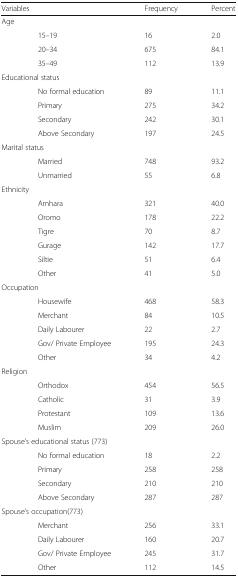
<table><thead><tr><td colspan="2"><b>Variables</b></td><td><b>Frequency</b></td><td><b>Percent</b></td></tr></thead><tbody><tr><td colspan="4">Age</td></tr><tr><td></td><td>15–19</td><td>16</td><td>2.0</td></tr><tr><td></td><td>20–34</td><td>675</td><td>84.1</td></tr><tr><td></td><td>35–49</td><td>112</td><td>13.9</td></tr><tr><td colspan="4">Educational status</td></tr><tr><td></td><td>No formal education</td><td>89</td><td>11.1</td></tr><tr><td></td><td>Primary</td><td>275</td><td>34.2</td></tr><tr><td></td><td>Secondary</td><td>242</td><td>30.1</td></tr><tr><td></td><td>Above Secondary</td><td>197</td><td>24.5</td></tr><tr><td colspan="4">Marital status</td></tr><tr><td></td><td>Married</td><td>748</td><td>93.2</td></tr><tr><td></td><td>Unmarried</td><td>55</td><td>6.8</td></tr><tr><td colspan="4">Ethnicity</td></tr><tr><td></td><td>Amhara</td><td>321</td><td>40.0</td></tr><tr><td></td><td>Oromo</td><td>178</td><td>22.2</td></tr><tr><td></td><td>Tigre</td><td>70</td><td>8.7</td></tr><tr><td></td><td>Gurage</td><td>142</td><td>17.7</td></tr><tr><td></td><td>Siltie</td><td>51</td><td>6.4</td></tr><tr><td></td><td>Other</td><td>41</td><td>5.0</td></tr><tr><td colspan="4">Occupation</td></tr><tr><td></td><td>Housewife</td><td>468</td><td>58.3</td></tr><tr><td></td><td>Merchant</td><td>84</td><td>10.5</td></tr><tr><td></td><td>Daily Labourer</td><td>22</td><td>2.7</td></tr><tr><td></td><td>Gov/ Private Employee</td><td>195</td><td>24.3</td></tr><tr><td></td><td>Other</td><td>34</td><td>4.2</td></tr><tr><td colspan="4">Religion</td></tr><tr><td></td><td>Orthodox</td><td>454</td><td>56.5</td></tr><tr><td></td><td>Catholic</td><td>31</td><td>3.9</td></tr><tr><td></td><td>Protestant</td><td>109</td><td>13.6</td></tr><tr><td></td><td>Muslim</td><td>209</td><td>26.0</td></tr><tr><td colspan="4">Spouse’s educational status (773)</td></tr><tr><td></td><td>No formal education</td><td>18</td><td>2.2</td></tr><tr><td></td><td>Primary</td><td>258</td><td>258</td></tr><tr><td></td><td>Secondary</td><td>210</td><td>210</td></tr><tr><td></td><td>Above Secondary</td><td>287</td><td>287</td></tr><tr><td colspan="4">Spouse’s occupation(773)</td></tr><tr><td></td><td>Merchant</td><td>256</td><td>33.1</td></tr><tr><td></td><td>Daily Labourer</td><td>160</td><td>20.7</td></tr><tr><td></td><td>Gov/ Private Employee</td><td>245</td><td>31.7</td></tr><tr><td></td><td>Other</td><td>112</td><td>14.5</td></tr></tbody></table>